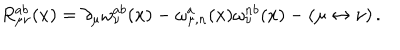
LaTeX: R _ { \mu \nu } ^ { a b } ( x ) = \partial _ { \mu } \omega _ { \nu } ^ { a b } ( x ) - \omega _ { \mu , n } ^ { a } ( x ) \omega _ { \nu } ^ { n b } ( x ) - ( \mu \leftrightarrow \nu ) \, .